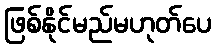
ဖြစ်နိုင်မည်မဟုတ်ပေ